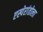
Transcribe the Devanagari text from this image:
एस्पेरांतोला